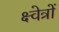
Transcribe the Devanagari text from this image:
क्ष्वेत्रों